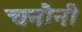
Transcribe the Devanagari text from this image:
चनौनी